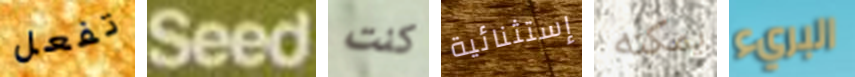
تفعل Seed كنت إستثنائية يمكنه البريء